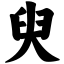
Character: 臾